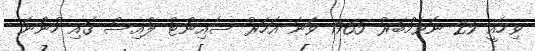
ވިހެއީ 25 ނޮވެމްބަރު 1965 ވަނަ އަހަރު ސެއިންޓް ލުއިސް ގައި ހުންނަ